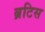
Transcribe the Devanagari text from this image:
ब्रटिस